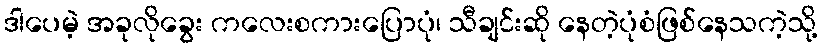
ဒါပေမဲ့ အခုလိုခွေး ကလေးစကားပြောပုံ၊ သီချင်းဆို နေတဲ့ပုံစံဖြစ်နေသကဲ့သို့